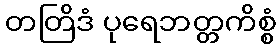
တတြိဒံ ပုရေဘတ္တကိစ္စံ